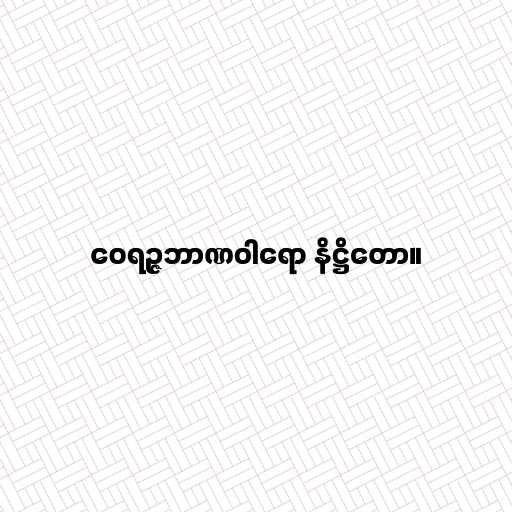
ဝေရဉ္ဇဘာဏဝါရော နိဋ္ဌိတော။